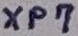
Text: XP7